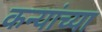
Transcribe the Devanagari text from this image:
कन्यांच्या